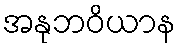
အနုဘဝိယာန